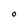
Character: O